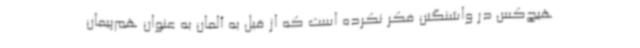
هیچ‌کس در واشنگتن فکر نکرده است که از قبل به آلمان به عنوان هم‌پیمان